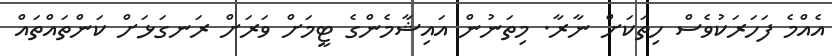
އެއްމެ ފަހަރަކުވެސް ހިތަކަށް ނާރާ. މިތަނުން އައިޝާމެންގެ ޓީމަށް ވަރަށް ރަނގަޅަށް ކަންތައްތައް